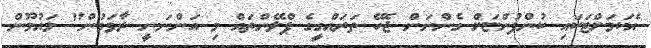
އެކަމަށްޓަކައި ކުންފުންޏަށް ގެންނަން ޖެހޭ ތަރައްގީގެ ޕްލޭންތައް މި އަންނަނީ ރާވަމުން" މައުމޫން